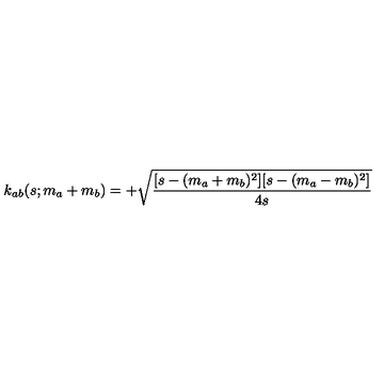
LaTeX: k _ { a b } ( s ; m _ { a } + m _ { b } ) = + \sqrt { { \frac { [ s - ( m _ { a } + m _ { b } ) ^ { 2 } ] [ s - ( m _ { a } - m _ { b } ) ^ { 2 } ] } { 4 s } } }